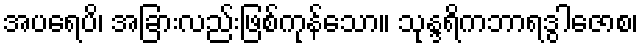
အပရေပိ၊ အခြားလည်းဖြစ်ကုန်သော။ သုန္ဒရိကဘာရဒွါဇောစ၊